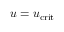
u = u _ { \mathrm { c r i t } }